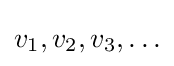
v_{1},v_{2},v_{3},\ldots